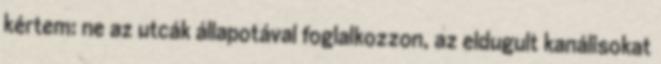
kértem: ne az utcák állapotával foglalkozzon, az eldugult kanálisokat